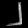
Digit: ၂